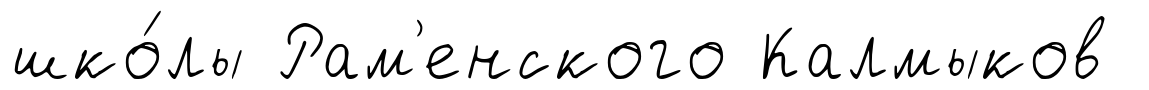
шко́лы Рам'енского Калмыков